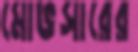
মোভসারের